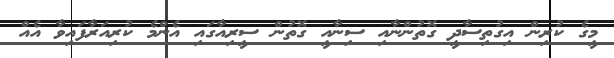
މީގެ ކުރިން އިގުތިސާދީ ގޮތުންނާއި ސިނާއީ ގޮތުން ސީރިއާގައި އެންމެ ކުރިއަރާފައިވާ އެއް